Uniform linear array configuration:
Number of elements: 12
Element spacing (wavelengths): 0.25
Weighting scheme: cosine
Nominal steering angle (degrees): -15
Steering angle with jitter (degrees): -16.94
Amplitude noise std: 0.05
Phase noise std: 0.05

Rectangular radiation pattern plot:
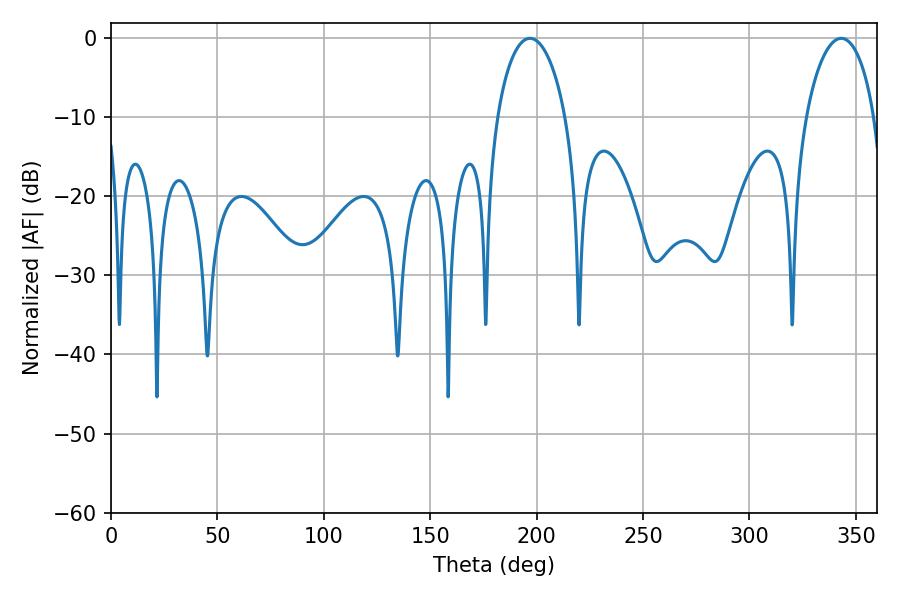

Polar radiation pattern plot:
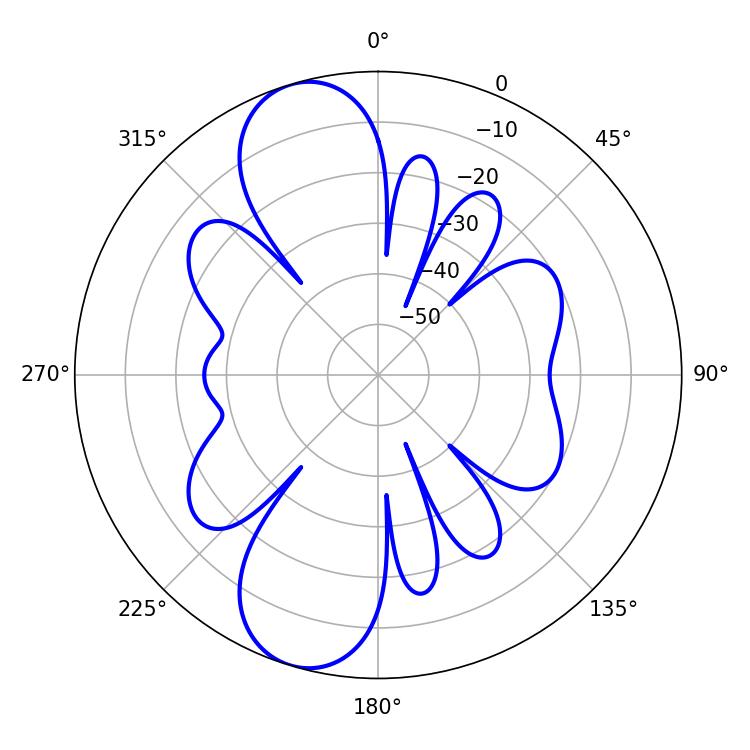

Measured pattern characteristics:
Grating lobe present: FALSE
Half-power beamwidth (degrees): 18.36
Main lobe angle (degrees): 196.92